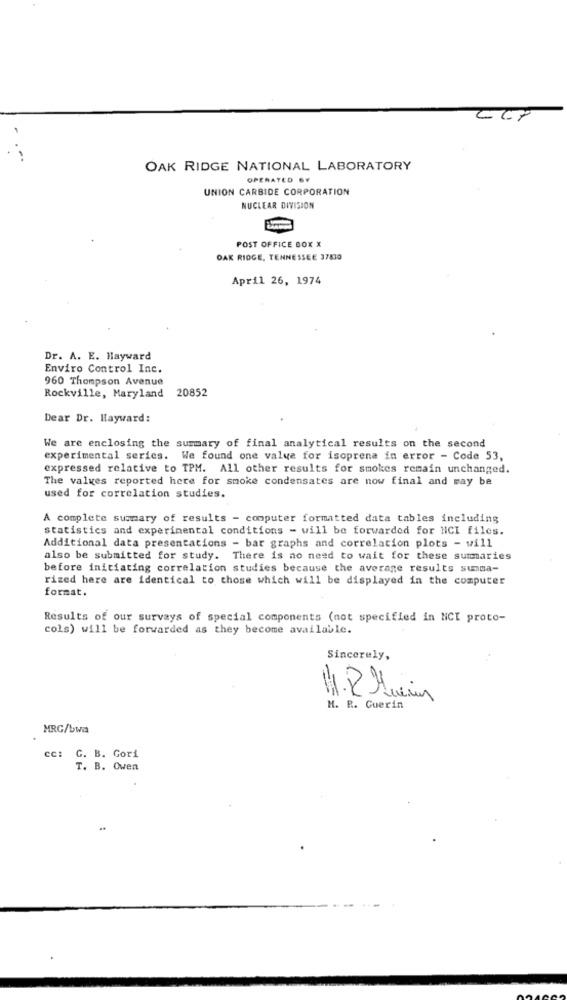
CCP
OAK RIDGE NATIONAL LABORATORY
OPERATED BY
UNION CARBIDE CORPORATION
NUCLEAR DIVISION
POST OFFICE BOX X
OAK RIDGE, TENNESSEE 37430
April 26, 1974
Dr. A. E. Hayward
Enviro Control Inc.
960 Thompson Avenue
Rockville, Maryland 20852
Dear Dr. Hayward:
We are enclosing the summary of final analytical results on the second
experimental series. We found one valve for isoprena in error - Code 53,
expressed relative to TPM. All other results for smokes remain unchanged.
The values reported here for smoke condensates are now final and may be
used for correlation studies.
A complete summary of results - computer formatted data tables including
statistics and experimental conditions - will be forwarded for NCI files.
Additional data presentations - bar graphs and correlation plots - will
also be submitted for study. There is no need to wait for these summaries
before initiating correlation studies because the average results summa-
rized here are identical to those which will be displayed in the computer
format.
Results of our surveys of special components (not specified in NCI proto-
cols) will be forwarded as they become available.
Sincerely,
3
H. R. Guerin
MRG/bwa
cc: G. B. Gori
T. B. Owen